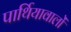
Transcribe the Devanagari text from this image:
पार्थियावालों